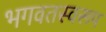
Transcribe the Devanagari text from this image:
भगवतस्वरूप